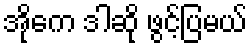
အိုကေ ဒါဆို ဖွင့်ပြမယ်